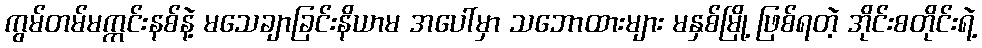
ကွမ်တမ်မက္ကင်းနစ်နဲ့ မသေချာခြင်းနိယာမ အပေါ်မှာ သဘောထားများ မနှစ်မြို့ ဖြစ်ရတဲ့ အိုင်းစတိုင်းရဲ့